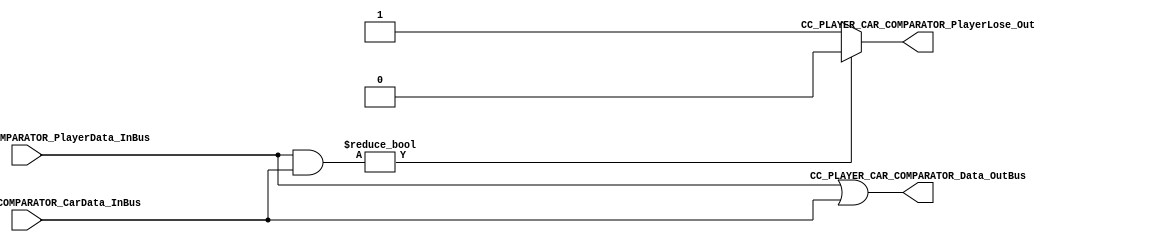
/*######################################################################
//#	G0B1T: HDL EXAMPLES. 2018.
//######################################################################
//# 
//# This program is free software: you can redistribute it and/or modify
//# it under the terms of the GNU General Public License as published by
//# the Free Software Foundation, version 3 of the License.
//#
//# This program is distributed in the hope that it will be useful,
//# but WITHOUT ANY WARRANTY; without even the implied warranty of
//# MERCHANTABILITY or FITNESS FOR A PARTICULAR PURPOSE.  See the
//# GNU General Public License for more details.
//#
//# You should have received a copy of the GNU General Public License
//# along with this program.  If not, see <http://www.gnu.org/licenses/>
//####################################################################*/
//=======================================================
//  MODULE Definition
//=======================================================

module CC_PLAYER_CAR_COMPARATOR(
//////////// OUTPUTS //////////
		CC_PLAYER_CAR_COMPARATOR_Data_OutBus,
		CC_PLAYER_CAR_COMPARATOR_PlayerLose_Out,

//////////// INPUTS //////////
		CC_PLAYER_CAR_COMPARATOR_PlayerData_InBus,
		CC_PLAYER_CAR_COMPARATOR_CarData_InBus

);

//=======================================================
//  PARAMETER declarations
//=======================================================

parameter DATAWIDTH = 8;
//=======================================================
//  PORT declarations
//=======================================================

output reg 	[DATAWIDTH-1:0]CC_PLAYER_CAR_COMPARATOR_Data_OutBus;
output reg 	CC_PLAYER_CAR_COMPARATOR_PlayerLose_Out;

input 		[DATAWIDTH-1:0]CC_PLAYER_CAR_COMPARATOR_PlayerData_InBus;
input 		[DATAWIDTH-1:0]CC_PLAYER_CAR_COMPARATOR_CarData_InBus;

//=======================================================
//  REG/WIRE declarations
//=======================================================

//=======================================================
//  Structural coding
//=======================================================

always @(*) begin

	
	if(CC_PLAYER_CAR_COMPARATOR_PlayerData_InBus & CC_PLAYER_CAR_COMPARATOR_CarData_InBus)begin 
		CC_PLAYER_CAR_COMPARATOR_Data_OutBus = CC_PLAYER_CAR_COMPARATOR_PlayerData_InBus | CC_PLAYER_CAR_COMPARATOR_CarData_InBus;
		CC_PLAYER_CAR_COMPARATOR_PlayerLose_Out = 1'b0;
	end

	else begin
		CC_PLAYER_CAR_COMPARATOR_Data_OutBus = CC_PLAYER_CAR_COMPARATOR_PlayerData_InBus | CC_PLAYER_CAR_COMPARATOR_CarData_InBus;
		CC_PLAYER_CAR_COMPARATOR_PlayerLose_Out = 1'b1;
	end


end

endmodule